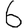
Digit: 6